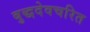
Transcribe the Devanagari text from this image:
बुद्धदेवचरित